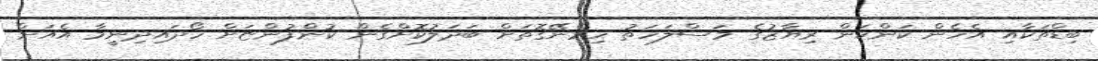
ބިޑްތަކާއި އެހެން ކަންކަން ރިޔާޒުގެ މަސްލަހަތު ހިމެނޭގޮތަށް ބަދަލުކޮށްގެން ކުންފުންޏަށް ހޯދައިދިނީމާ އެއަށް